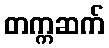
တက္ကဆက်